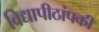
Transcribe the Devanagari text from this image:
विद्यापीठांपकी